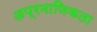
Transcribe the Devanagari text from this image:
अप्रमाणिकता